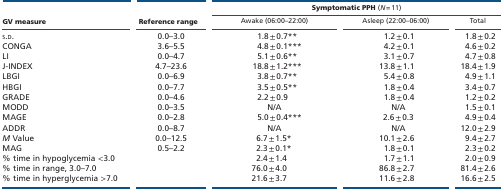
|  |  | <COLSPAN=3> Symptomatic PPH (N = 11) |
 | GV measure | Reference range | Awake (06:00–22:00) | Asleep (22:00–06:00) | Total |
 | --- | --- | --- | --- | --- |
 | s.d. | 0.0–3.0 | 1.8 ± 0.7** | 1.2 ± 0.1 | 1.8 ± 0.2 |
 | CONGA | 3.6–5.5 | 4.8 ± 0.1*** | 4.2 ± 0.1 | 4.6 ± 0.2 |
 | LI | 0.0–4.7 | 5.1 ± 0.6** | 3.1 ± 0.7 | 4.7 ± 0.8 |
 | J-INDEX | 4.7–23.6 | 18.8 ± 1.2*** | 13.8 ± 1.1 | 18.4 ± 1.9 |
 | LBGI | 0.0–6.9 | 3.8 ± 0.7** | 5.4 ± 0.8 | 4.9 ± 1.1 |
 | HBGI | 0.0–7.7 | 3.5 ± 0.5** | 1.8 ± 0.4 | 3.4 ± 0.7 |
 | GRADE | 0.0–4.6 | 2.2 ± 0.9 | 1.8 ± 0.4 | 1.2 ± 0.2 |
 | MODD | 0.0–3.5 | N/A | N/A | 1.5 ± 0.1 |
 | MAGE | 0.0–2.8 | 5.0 ± 0.4*** | 2.6 ± 0.3 | 4.9 ± 0.4 |
 | ADDR | 0.0–8.7 | N/A | N/A | 12.0 ± 2.9 |
 | M Value | 0.0–12.5 | 6.7 ± 1.5* | 10.1 ± 2.6 | 9.4 ± 2.7 |
 | MAG | 0.5–2.2 | 2.3 ± 0.1* | 1.8 ± 0.1 | 2.3 ± 0.2 |
 | % time in hypoglycemia <3.0 |  | 2.4 ± 1.4 | 1.7 ± 1.1 | 2.0 ± 0.9 |
 | % time in range, 3.0–7.0 |  | 76.0 ± 4.0 | 86.8 ± 2.7 | 81.4 ± 2.6 |
 | % time in hyperglycemia >7.0 |  | 21.6 ± 3.7 | 11.6 ± 2.8 | 16.6 ± 2.5 |